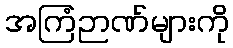
အကြံဉာဏ်များကို